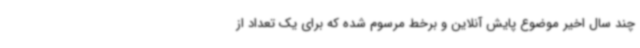
چند سال اخیر موضوع پایش آنلاین و برخط مرسوم شده که برای یک تعداد از